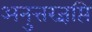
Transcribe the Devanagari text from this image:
अनुत्तरज्ञप्ति